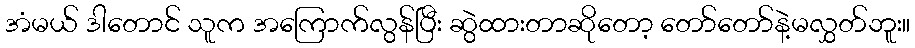
အံမယ် ဒါတောင် သူက အကြောက်လွန်ပြီး ဆွဲထားတာဆိုတော့ တော်တော်နဲ့မလွှတ်ဘူး။